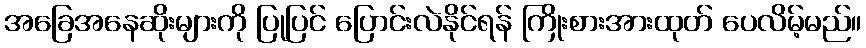
အခြေအနေဆိုးများကို ပြုပြင် ပြောင်းလဲနိုင်ရန် ကြိုးစားအားထုတ် ပေလိမ့်မည်။